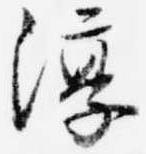
淳